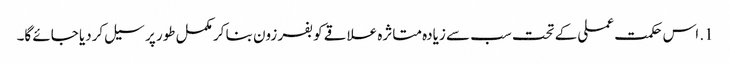
1. اس حکمت عملی کے تحت سب سے زیادہ متاثرہ علاقے کو بفر زون بنا کر مکمل طور پر سیل کردیا جائے گا۔